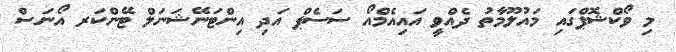
މި ވޯކްޝޮޕްގައި މައުލޫމާތު ދެއްވީ އައިއެމްއޯ ސަސެޕް އަދި އިންޓަނޭޝަނަލް ޓޭންކަރ އޯނަސް